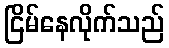
ငြိမ်နေလိုက်သည်